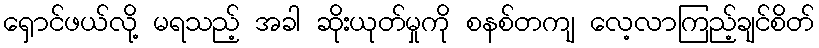
ရှောင်ဖယ်လို့ မရသည့် အခါ ဆိုးယုတ်မှုကို စနစ်တကျ လေ့လာကြည့်ချင်စိတ်